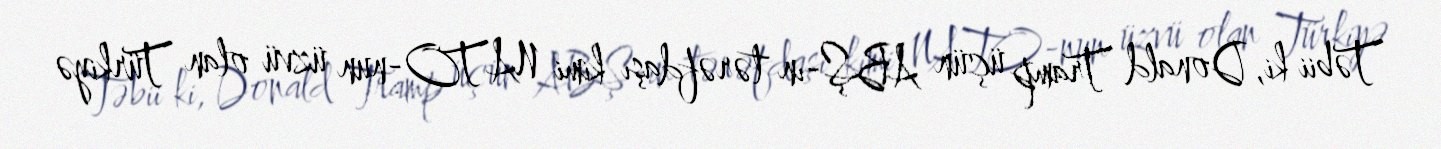
Təbii ki, Donald Tramp üçün ABŞ-ın tərəfdaşı kimi NATO-nun üzvü olan Türkiyə